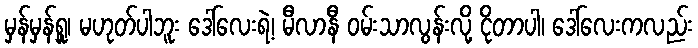
မှန်မှန်ရှူ၊ မဟုတ်ပါဘူး ဒေါ်လေးရဲ့၊ မီလာနီ ဝမ်းသာလွန်းလို့ ငိုတာပါ၊ ဒေါ်လေးကလည်း